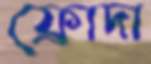
ফ্রোদা